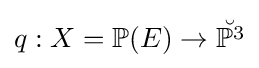
q:X=\mathbb {P} (E)\to {\breve {\mathbb {P} ^{3}}}